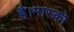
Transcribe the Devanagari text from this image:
है।मास्को